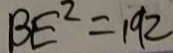
B E ^ { 2 } = 1 9 2